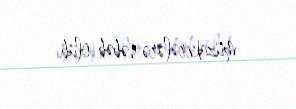
müzakirələrə səbəb olub.